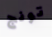
تونج